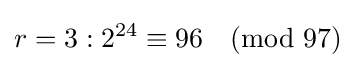
r=3:2^{24}\equiv 96{\pmod {97}}